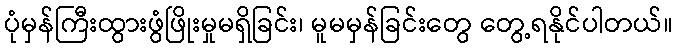
ပုံမှန်ကြီးထွားဖွံဖြိုးမှုမရှိခြင်း၊ မူမမှန်ခြင်းတွေ တွေ့ရနိုင်ပါတယ်။